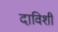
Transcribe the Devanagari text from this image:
दाविशी